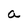
Character: a